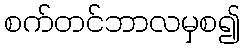
စက်တင်ဘာလမှစ၍